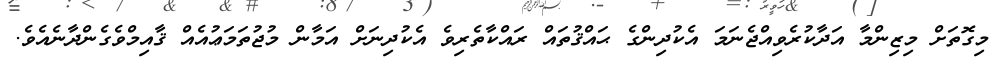
މިގޮތަށް މިޒިންމާ އަދާކުރެވިއްޖެނަމަ އެކުދިންގެ ޙައްޤުތައް ރައްކާތެރިވެ އެކުދިނަށް އަމާން މުޖުތަމަޢުއެއް ޤާއިމްވެގެންދާނެއެވެ.